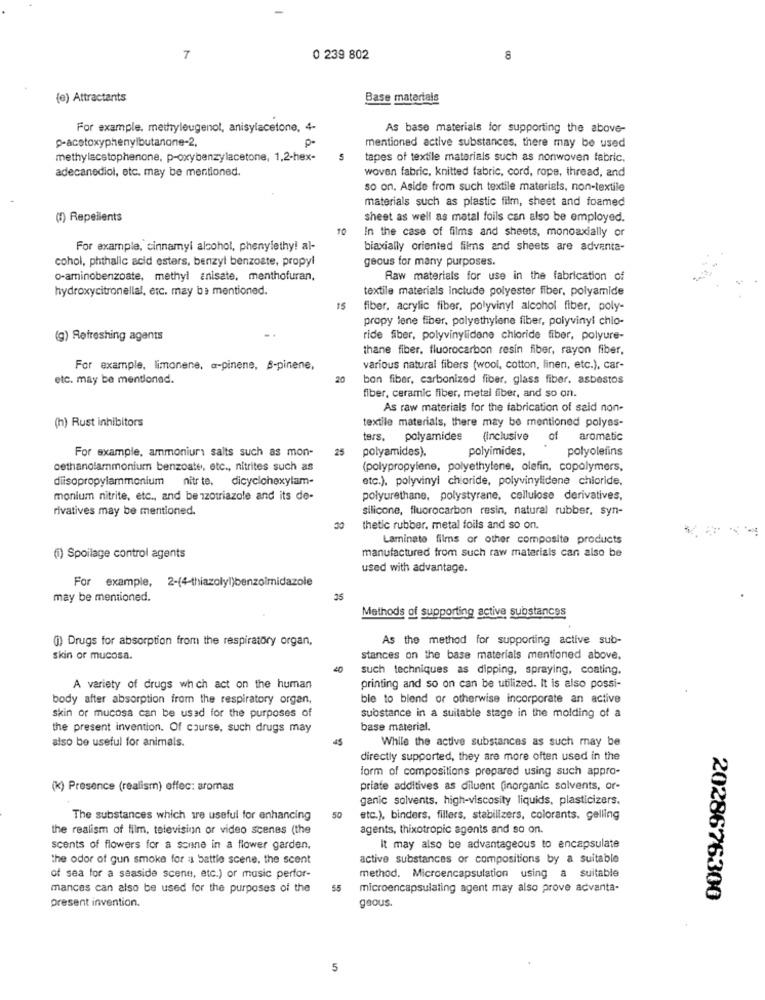
7
0 239 802
8
(e) Attractants
Base materials
For example, methyleugenol, anisylacetone, 4-
As base materials for supporting the above-
p-acetoxyphenylbutanone-2,
mentioned active substances, there may be used
methylacetophenone, p-oxybenzylacetone, 1,2-hex-
tapes of textile materials such as nonwoven fabric.
adecanediol, etc. may be mentioned.
woven fabric, knitted fabric, cord, rope, thread, and
so on. Aside from such textile materials, non-textile
materials such as plastic film, sheet and foamed
(1) Repellents
sheet as well as matal foils can also be employed.
In the case of films and sheets, monoaxially or
For example, cinnamyl alcohol, phenylethy! al-
biaxially oriented films and sheets are adventa-
cohol, phthalic acid estars, benzyl benzoate, propyl
geous for many purposes.
o-aminobenzoate, methyl enisate, menthofuran,
Raw materials for use in the fabrication of
hydroxycitronellal, etc. may be mentioned.
textile materials include polyester fiber, polyamide
fiber, acrylic fiber, polyvinyl alcohol fiber, poly-
propy lene fiber, polyethylene fiber, polyvinyl chlo-
(g) Refreshing agents
ride fiber, polyvinylidene chloride fiber, polyure-
thane fiber, fluorocarbon resin fiber, rayon fiber,
For example, limonene, a-pinene, B-pinene,
various natural fibers (wool, cotton, linen, etc.), car-
etc. may be mentioned.
20
bon fiber, carbonized fiber, glass fiber. asbestos
fiber, ceramic fiber, metal fiber, and so on.
As raw materials for the fabrication of said non-
(h) Rust inhibitors
textile materials, there may be mentioned polyes-
tars. polyamides
(inclusive of aromatic
25
polyamides).
polyimides,
polyolefins
For example, ammonium salts such as mon-
oethanolammonium benzoate, etc ., nitrites such as
(polypropylene, polyethylene, olefin, copolymers,
diisopropylammonium nitr te. dicyclohexylam-
etc.). polyvinyl chiaride, polyvinylidene chioride,
monium nitrite, etc ., and benzotriazole and its de-
polyurethane, polystyrane, cellulose derivatives,
rivatives may be mentioned.
silicone, fluorocarbon resin, natural rubber, syn-
20
thetic rubber, metal foils and so on.
Laminate films or other composite products
manufactured from such raw materials can also be
(i) Spoilage control agents
used with advantage.
For example, 2-(4-thiazolyl)benzoimidazole
may be mentioned.
35
Methods of supporting active substances
(i) Drugs for absorption from the respiratory organ,
As the method for supporting active sub-
skin or mucosa.
stances on the base materials mentioned above.
such techniques as dipping, spraying, coating.
A variety of drugs which act on the human
printing and so on can be utilized. It is also possi-
body after absorption from the respiratory organ,
ble to blend or otherwise incorporate an active
skin or mucosa can be used for the purposes of
substance in a suitable stage in the molding of a
the present invention. Of course, such drugs may
base material.
also be useful for animals.
While the active substances as such may be
directly supported, they are more often used in the
form of compositions prepared using such appro-
(k) Presence (realism) effec: aromas
priate additives as diluent (inorganic solvents, or-
genic solvents, high-viscosity liquids, plasticizers.
The substances which are useful for enhancing
50
etc.), binders, fillers, stabilizers, colorants, gelling
the realism of film, television or video scenes (the
agents, thixotropic agents and so on.
scents of flowers for a sonne in a flower garden,
It may also be advantageous to encapsulate
the odor of gun smoke for a battle scene, the scent
active substances or compositions by a suitable
of sea for a seaside scene, etc.) or music perfor-
method. Microencapsulation using a suitable
mances can also be used for the purposes of the
55
microencapsulating agent may also prove advanta-
geous.
2028676300
present invention.
5